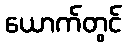
ယောက်တွင်